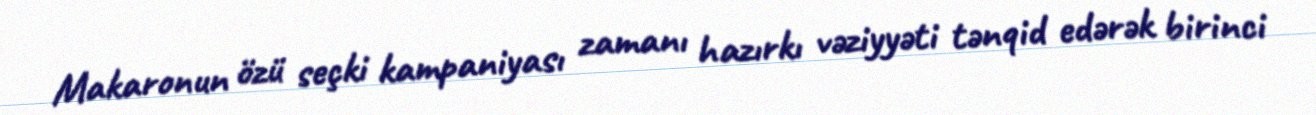
Makaronun özü seçki kampaniyası zamanı hazırkı vəziyyəti tənqid edərək birinci